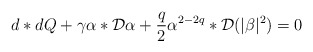
\begin{align*}d*dQ + \gamma\alpha *{\cal{D}}\alpha + \frac{q}{2}\alpha^{2-2q} *{\cal{D}}(|\beta|^2) = 0\end{align*}